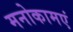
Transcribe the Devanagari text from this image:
मनोकामएं